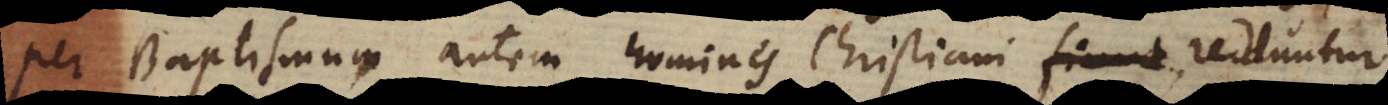
Per Baptismum autem homines Christiani fiunt, redduntur,